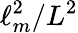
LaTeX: \ell_{m}^{2}/L^{2}